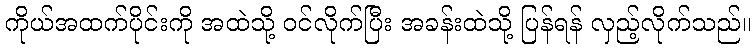
ကိုယ်အထက်ပိုင်းကို အထဲသို့ ဝင်လိုက်ပြီး အခန်းထဲသို့ ပြန်ရန် လှည့်လိုက်သည်။